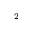
^ 2